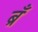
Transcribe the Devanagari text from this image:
ब्रँ